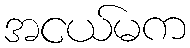
အငယ်မက